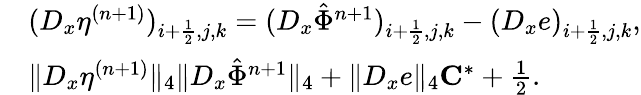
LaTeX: \begin{array}{rl}&{(D_{x}\eta^{(n+1)})_{i+\frac{1}{2},j,k}=(D_{x}\hat{\Phi}^{n+1})_{i+\frac{1}{2},j,k}-(D_{x}e)_{i+\frac{1}{2},j,k},}\\ &{\| D_{x}\eta^{(n+1)}\| _{4}\le\| D_{x}\hat{\Phi}^{n+1}\| _{4}+\| D_{x}e\| _{4}\le C^{*}+\frac{1}{2}.}\end{array}